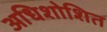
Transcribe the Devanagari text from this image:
अधिशोशित